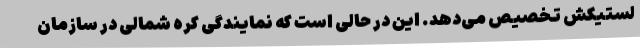
لستیکش تخصیص می‌دهد. این در حالی است که نمایندگی کره شمالی در سازمان